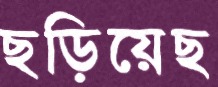
ছড়িয়েছ